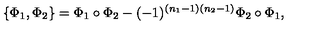
\{ \Phi _ { 1 } , \Phi _ { 2 } \} = \Phi _ { 1 } \circ \Phi _ { 2 } - ( - 1 ) ^ { ( n _ { 1 } - 1 ) ( n _ { 2 } - 1 ) } \Phi _ { 2 } \circ \Phi _ { 1 } ,